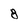
Character: 8